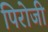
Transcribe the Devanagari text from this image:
पिरोजी